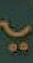
-